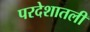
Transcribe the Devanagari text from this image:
परदेशातली